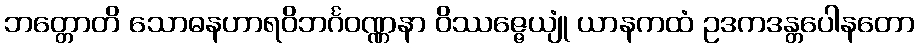
ဘတ္တောတိ သောဓနဟာရဝိဘင်္ဂဝဏ္ဏနာ ဝိဿဇ္ဇေယျုံ ယာနကထံ ဥဒကဒန္တပေါနတော